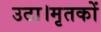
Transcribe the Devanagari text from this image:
उठा।मृतकों